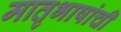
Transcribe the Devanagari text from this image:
मातृभाषांची